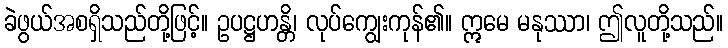
ခဲဖွယ်အစရှိသည်တို့ဖြင့်။ ဥပဋ္ဌဟန္တိ၊ လုပ်ကျွေးကုန်၏။ ဣမေ မနုဿာ၊ ဤလူတို့သည်။